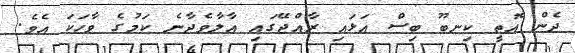
ދެން އޮތީ ކިނބޫ ބިސް އަޅައި ރާއްޖޭގައި އާލާވެދާނެ ކަމުގެ ވާހަކަ އެވެ.